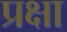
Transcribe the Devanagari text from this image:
प्रक्षा